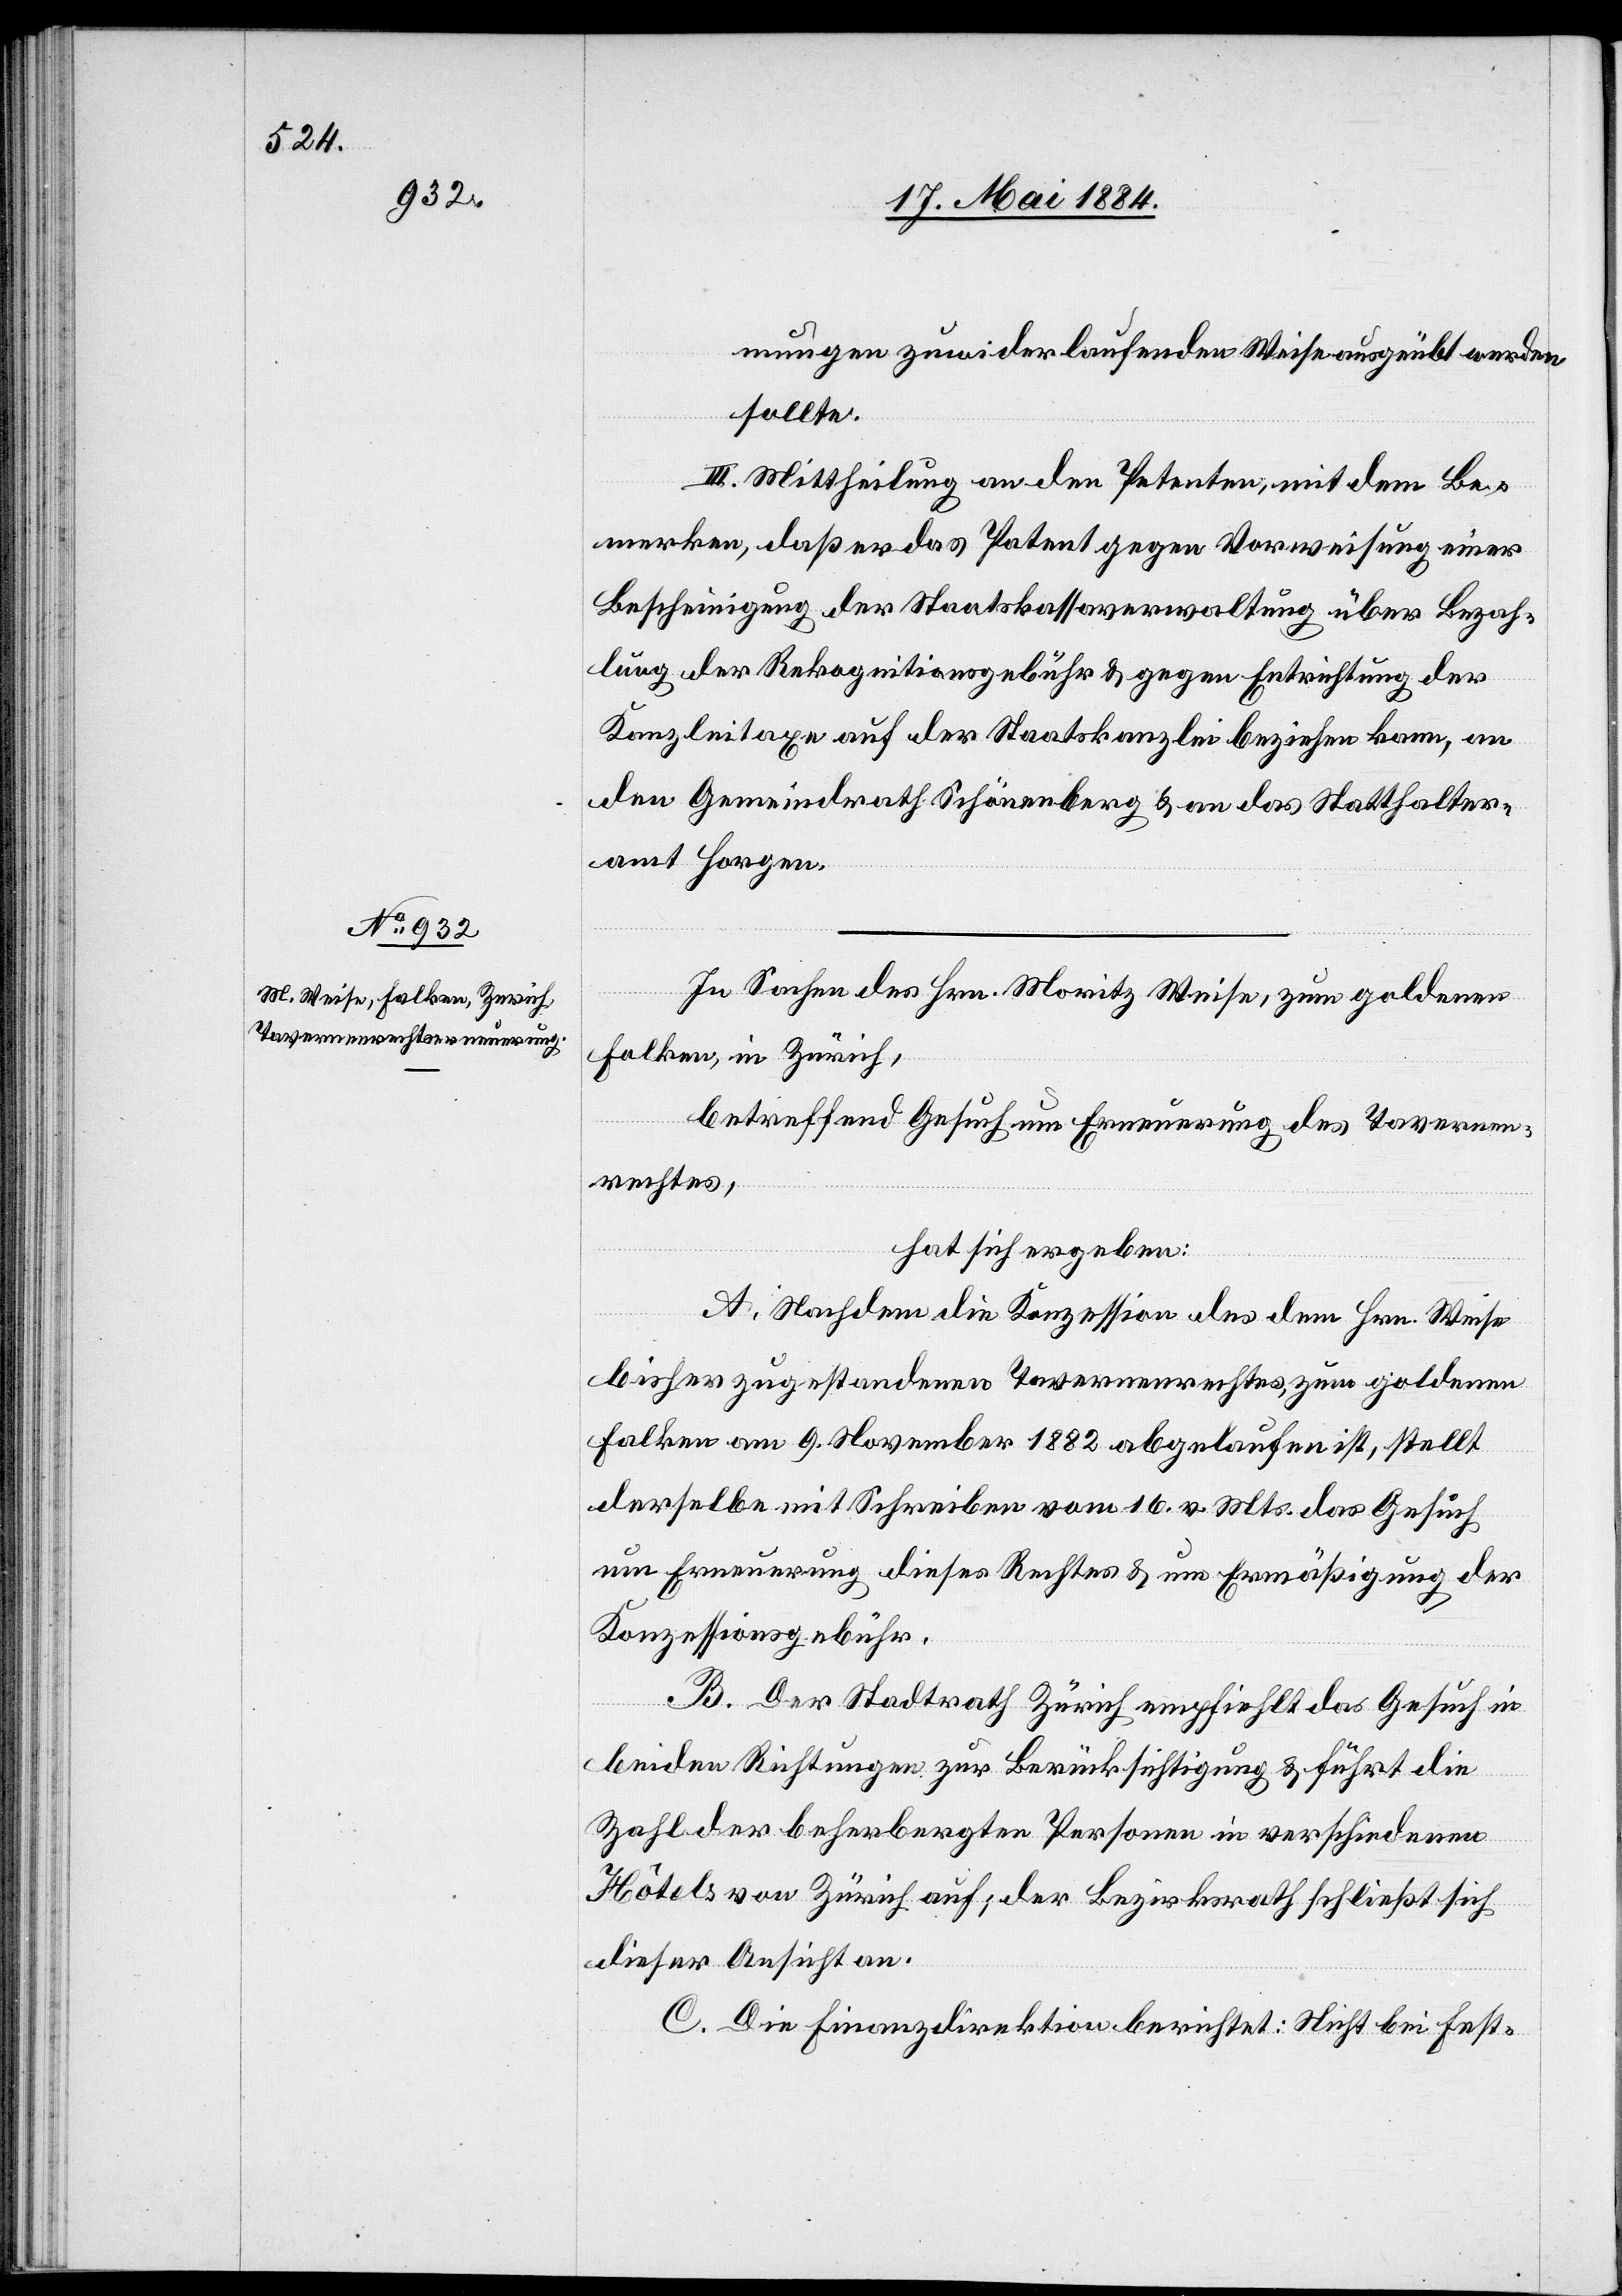
mungen zuwider laufenden Weise ausgeübt werden
sollte.
III. Mittheilung an den Petenten, mit dem Be¬
merken, daß er das Patent gegen Vorweisung einer
Bescheinigung der Staatskassaverwaltung über Bezah¬
lung der Rekognitionsgebühr & gegen Entrichtung der
Kanzleitaxe auf der Staatskanzlei beziehen kann, an
den Gemeindrath Schönenberg & an das Statthalter¬
amt Horgen.
In Sachen des Hrn. Moritz Weise, zum goldenen
Falken, in Zürich,
betreffend Gesuch um Erneuerung des Tavernen¬
rechtes,
hat sich ergeben:
A. Nachdem die Konzession des dem Hrn. Weise
bisher zugestandenen Tavernenrechtes, zum goldenen
Falken am 9. November 1882 abgelaufen ist, stellt
derselbe mit Schreiben vom 16. v. Mts. das Gesuch
um Erneuerung dieses Rechtes & um Ermäßigung der
Konzessionsgebühr.
B. Der Stadtrath Zürich empfiehlt das Gesuch in
beiden Richtungen zur Berücksichtigung & führt die
Zahl der beherbergten Personen in verschiedenen
Hôtels von Zürich auf; der Bezirksrath schließt sich
dieser Ansicht an.
C. Die Finanzdirektion berichtet: Nicht bei Fest-